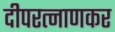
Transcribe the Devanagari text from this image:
दीपरत्नाणकर